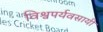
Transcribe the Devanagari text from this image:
विश्वपर्यवसायी